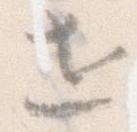
世